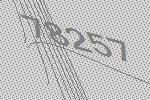
78257